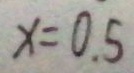
x = 0 . 5